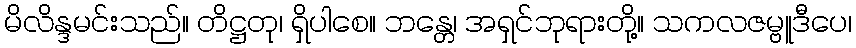
မိလိန္ဒမင်းသည်။ တိဋ္ဌတု၊ ရှိပါစေ။ ဘန္တေ၊ အရှင်ဘုရားတို့။ သကလဇမ္ဗူဒီပေ၊